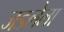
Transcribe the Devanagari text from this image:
जडलेला